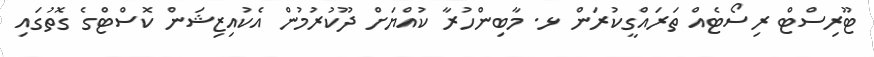
ޓޫރިސްޓް ރިސޯޓެއް ތަރައްގީކުރަން ޅ. މާބިންހުރާ ކުއްޔަށް ދޫކުރުމުން އެކުއިޒިޝަން ކޮސްޓްގެ ގޮތުގައި